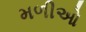
મળીઓ